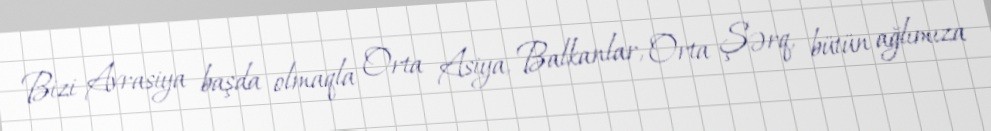
Bizi Avrasiya başda olmaqla Orta Asiya, Balkanlar, Orta Şərq, bütün ağlımıza